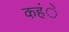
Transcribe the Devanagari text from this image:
कहंे